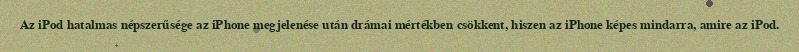
Az iPod hatalmas népszerűsége az iPhone megjelenése után drámai mértékben csökkent, hiszen az iPhone képes mindarra, amire az iPod.